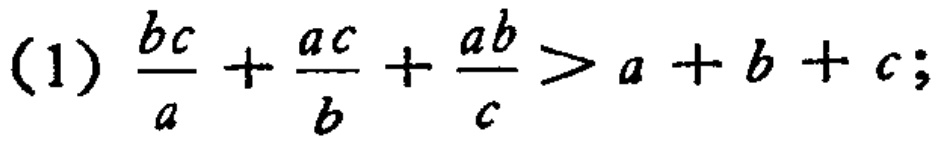
(1) $\frac{bc}{a}+\frac{ac}{b}+\frac{ab}{c}>a + b + c;$